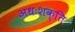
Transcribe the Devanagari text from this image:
अधःशक्ति